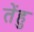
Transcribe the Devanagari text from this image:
तेंहु